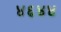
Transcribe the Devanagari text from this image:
४६४४